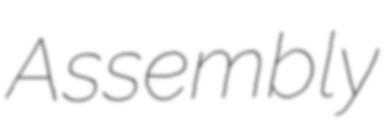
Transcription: Assembly